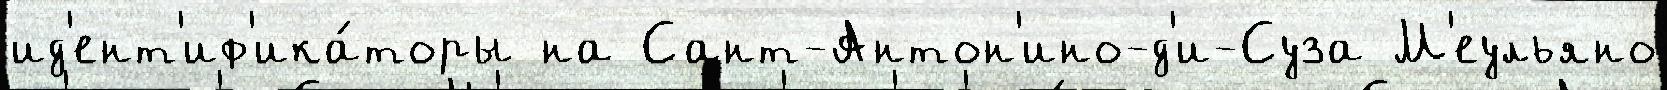
ид'ент'иф'ика́торы на Сант-Антон'ино-д'и-Суза М'еульяно